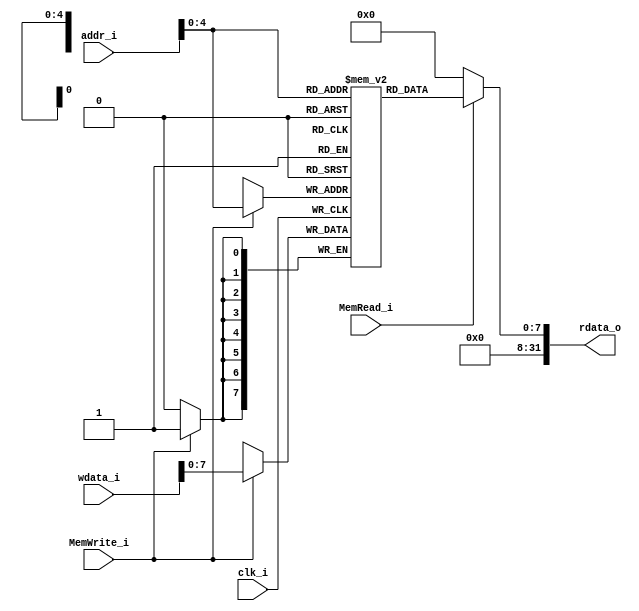
module Data_Memory
(
    clk_i,
    addr_i,
    wdata_i,
    MemWrite_i,
    MemRead_i,
    rdata_o
);

/* Ports */
input           clk_i;
input   [31:0]  addr_i;
input   [31:0]  wdata_i;
input           MemWrite_i, MemRead_i;
output  [31:0]  rdata_o;

/* Data Memory */
reg     [7:0]   memory  [0:31];
assign  rdata_o = (MemRead_i)? memory[addr_i] : 0;

always @(posedge clk_i) begin
    if (MemWrite_i)
        memory[addr_i] <= wdata_i[7:0];
end

endmodule